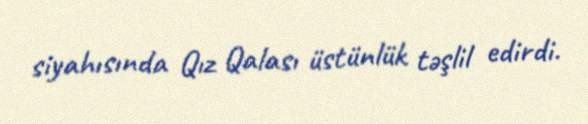
siyahısında Qız Qalası üstünlük təşlil edirdi.